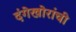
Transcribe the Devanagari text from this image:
दंगेखोरांची